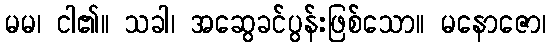
မမ၊ ငါ၏။ သခါ၊ အဆွေခင်ပွန်းဖြစ်သော။ မနောဇော၊